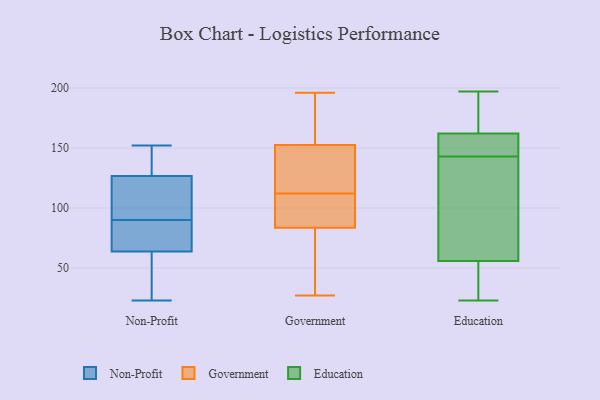
{"axis": {"x": "Headcount", "y": "Value"}, "legend": ["Education", "Government", "Non-Profit"], "data": [{"x": "", "y": 78, "type": "Non-Profit"}, {"x": "", "y": 115, "type": "Non-Profit"}, {"x": "", "y": 90, "type": "Non-Profit"}, {"x": "", "y": 57, "type": "Non-Profit"}, {"x": "", "y": 70, "type": "Non-Profit"}, {"x": "", "y": 152, "type": "Non-Profit"}, {"x": "", "y": 144, "type": "Non-Profit"}, {"x": "", "y": 90, "type": "Non-Profit"}, {"x": "", "y": 132, "type": "Non-Profit"}, {"x": "", "y": 66, "type": "Non-Profit"}, {"x": "", "y": 125, "type": "Non-Profit"}, {"x": "", "y": 23, "type": "Non-Profit"}, {"x": "", "y": 51, "type": "Non-Profit"}, {"x": "", "y": 27, "type": "Government"}, {"x": "", "y": 112, "type": "Government"}, {"x": "", "y": 118, "type": "Government"}, {"x": "", "y": 48, "type": "Government"}, {"x": "", "y": 150, "type": "Government"}, {"x": "", "y": 91, "type": "Government"}, {"x": "", "y": 171, "type": "Government"}, {"x": "", "y": 110, "type": "Government"}, {"x": "", "y": 138, "type": "Government"}, {"x": "", "y": 196, "type": "Government"}, {"x": "", "y": 166, "type": "Government"}, {"x": "", "y": 94, "type": "Government"}, {"x": "", "y": 160, "type": "Government"}, {"x": "", "y": 34, "type": "Government"}, {"x": "", "y": 61, "type": "Government"}, {"x": "", "y": 95, "type": "Government"}, {"x": "", "y": 118, "type": "Government"}, {"x": "", "y": 139, "type": "Education"}, {"x": "", "y": 68, "type": "Education"}, {"x": "", "y": 168, "type": "Education"}, {"x": "", "y": 37, "type": "Education"}, {"x": "", "y": 47, "type": "Education"}, {"x": "", "y": 197, "type": "Education"}, {"x": "", "y": 160, "type": "Education"}, {"x": "", "y": 57, "type": "Education"}, {"x": "", "y": 98, "type": "Education"}, {"x": "", "y": 143, "type": "Education"}, {"x": "", "y": 186, "type": "Education"}, {"x": "", "y": 168, "type": "Education"}, {"x": "", "y": 147, "type": "Education"}, {"x": "", "y": 23, "type": "Education"}, {"x": "", "y": 152, "type": "Education"}, {"x": "", "y": 150, "type": "Education"}, {"x": "", "y": 52, "type": "Education"}]}